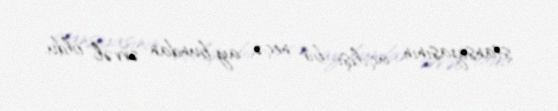
stansiyasının açılışı bir neçə ay bundan əvvəl oldu.